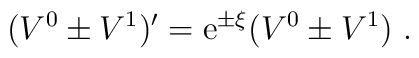
(V^0 \pm V^1 ) ' = {\rm e}^{\pm \xi} (V^0 \pm V^1) \ .